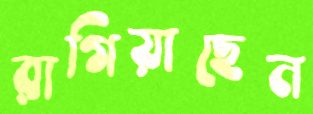
রাগিয়াছেন